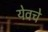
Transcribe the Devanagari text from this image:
येवचे